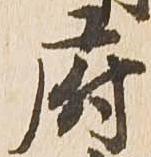
府